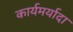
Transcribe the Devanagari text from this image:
कार्यमर्यादा